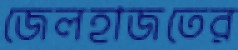
জেলহাজতের